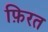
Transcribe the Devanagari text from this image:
फ़िरत